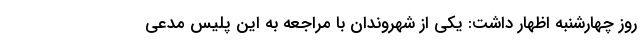
روز چهارشنبه اظهار داشت: یکی از شهروندان با مراجعه به این پلیس مدعی